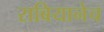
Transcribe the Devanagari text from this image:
राबियानेच